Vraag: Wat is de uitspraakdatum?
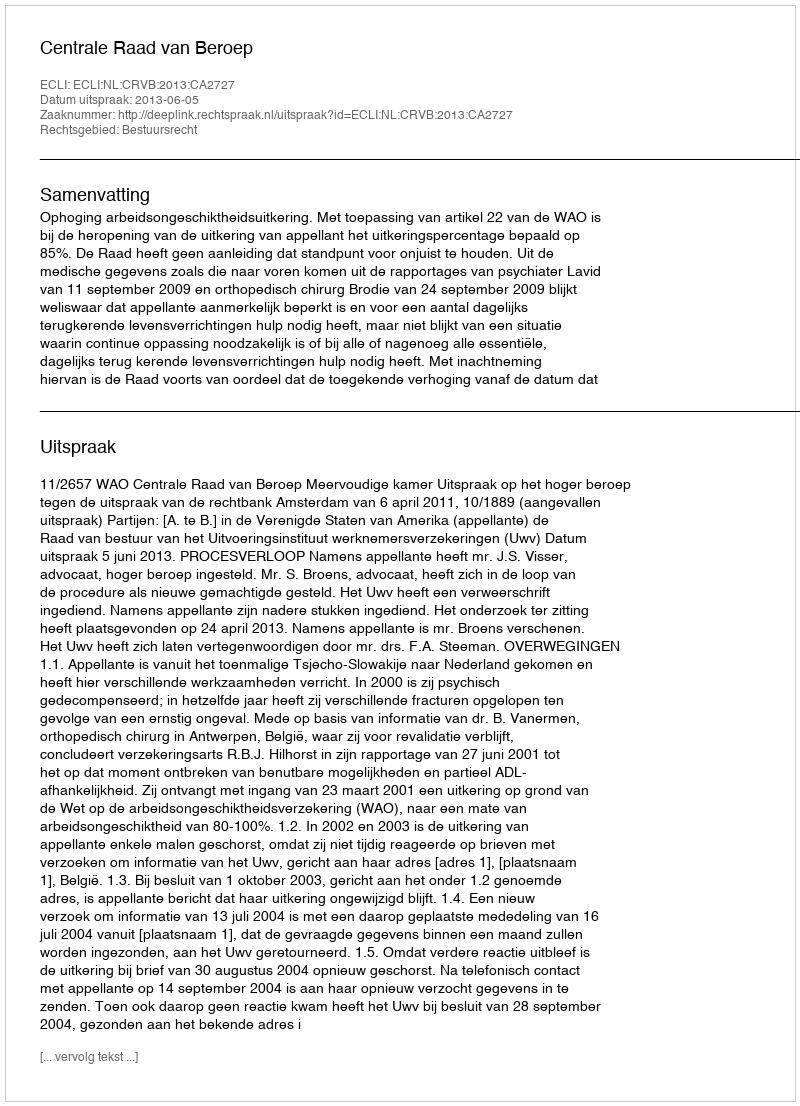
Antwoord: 2013-06-05